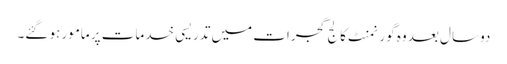
دو سال بعد وہ گورنمنٹ کالج گجرات میں تدریسی خدمات پر مامور ہو گئے۔